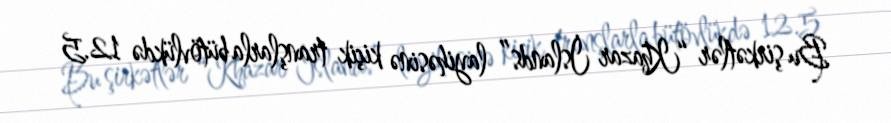
Bu şirkətlər “Khazar İslands” layihəsinə kiçik tranşlarla bütövlükdə 12.5